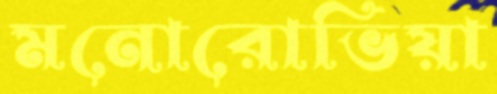
মনোরোভিয়া